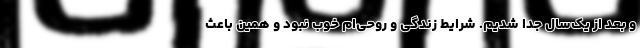
و بعد از یک‌سال جدا شدیم. شرایط زندگی و روحی‌ام خوب نبود و همین باعث